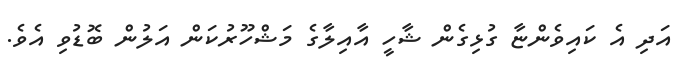
އަދި އެ ކައިވެންޏާ ގުޅިގެން ޝާހީ އާއިލާގެ މަޝްހޫރުކަން އަލުން ބޮޑުވި އެވެ.